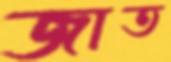
জাত